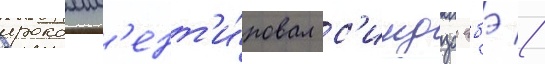
прокомм'ент'и́ровал с'индзо абэ //